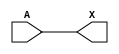
module sky130_fd_sc_ms__dlymetal6s2s_3 (
    X,
    A
);
    output X;
    input  A;
    wire buf0_out_X;
    buf buf0 (buf0_out_X, A              );
    buf buf1 (X         , buf0_out_X     );
endmodule